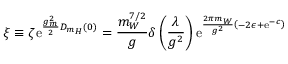
\xi \equiv \zeta \mathrm { e } ^ { \frac { g _ { m } ^ { 2 } } { 2 } D _ { m _ { H } } ( 0 ) } = \frac { m _ { W } ^ { 7 / 2 } } { g } \delta \left( \frac { \lambda } { g ^ { 2 } } \right) \mathrm { e } ^ { \frac { 2 \pi m _ { W } } { g ^ { 2 } } \left( - 2 \epsilon + \mathrm { e } ^ { - c } \right) }